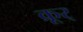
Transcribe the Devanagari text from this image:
क्रूर्